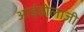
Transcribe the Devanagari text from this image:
आईडोलाजी